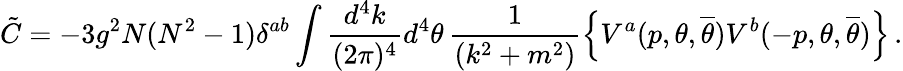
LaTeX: \tilde{C}=-3g^{2}N(N^{2}-1)\delta^{ab}\int\frac{d^{4}k}{(2\pi)^{4}}d^{4}\theta\, \frac{1}{(k^{2}+m^{2})}\left\{ V^{a}(p,\theta,{\overline{{\theta}}})V^{b}(-p,\theta,{\overline{{\theta}}})\right\} \, .